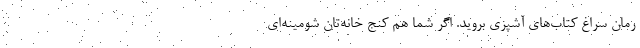
رمان سراغ کتاب‌های آشپزی بروید. اگر شما هم کنج خانه‌تان شومینه‌ای